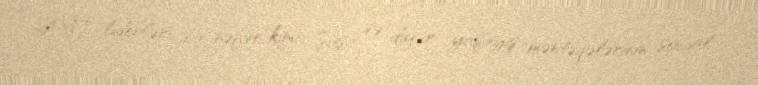
AXC liderləri bir nəfər kimi Şuşa və digər yaşayış məntəqələrinin social